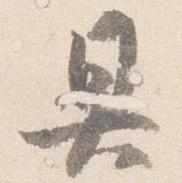
具